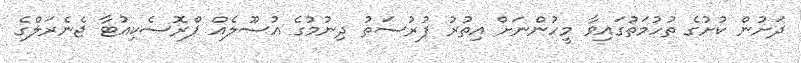
ދަށުން ކުށުގެ ތުހުމަތުގައިވާ މީހުންނަށް އިތުރު ފުރުސަތު ދިނުމުގެ އުސޫލެއް ޕްރޮސެކިއުޓާ ޖެނެރަލްގެ